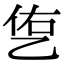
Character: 㐛